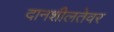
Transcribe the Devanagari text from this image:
दानशीलतेवर